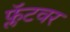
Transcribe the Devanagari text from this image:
फ्लॅटवर